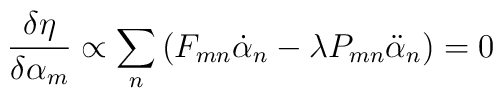
\frac{\delta \eta}{\delta \alpha_m} \propto \sum_n \left( F_{mn}\dot{\alpha}_n-\lambda P_{mn}\ddot{\alpha}_n \right)= 0